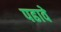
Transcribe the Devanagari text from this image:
पढावे